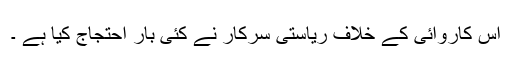
اس کاروائی کے خلاف ریاستی سرکار نے کئی بار احتجاج کیا ہے ۔